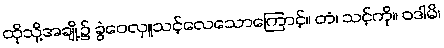
ထိုသို့အချို့၌ ခွဲဝေလှူသင့်လေသောကြောင့်။ တံ၊ သင့်ကို။ ဝဒါမိ၊